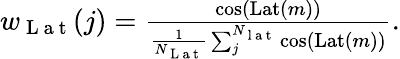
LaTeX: \begin{array}{r}{w_{\mathrm{~L~a~t~}}(j)=\frac{\cos(\operatorname{Lat}(m))}{\frac{1}{N_{\mathrm{~L~a~t~}}}\sum_{j}^{N_{\mathrm{~l~a~t~}}}\cos(\operatorname{Lat}(m))}.}\end{array}